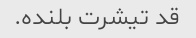
قد تیشرت بلنده.